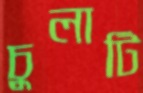
চুলাটি